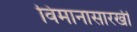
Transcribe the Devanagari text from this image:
विमानासारखी